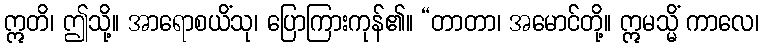
ဣတိ၊ ဤသို့။ အာရောစယိံသု၊ ပြောကြားကုန်၏။ “တာတာ၊ အမောင်တို့။ ဣမသ္မိံ ကာလေ၊